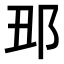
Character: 𨙺